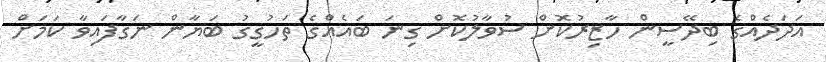
އަދަދެއްގެ ބިދޭސީން ހާޒިރުކޮށް ސުވާލުކޮށް ގިނަ ބައެއްގެ ތަހުގީގު ބަޔާން ނަގާފައިވާ ކަމަށް